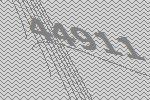
44911